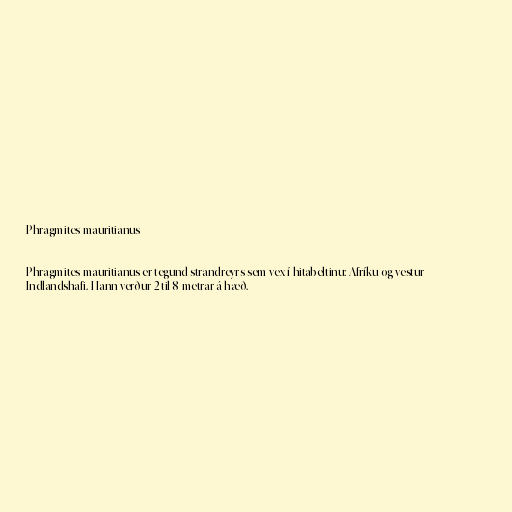
Phragmites mauritianus

Phragmites mauritianus er tegund strandreyrs sem vex í hitabeltinu: Afríku og vestur
Indlandshafi. Hann verður 2 til 8 metrar á hæð.